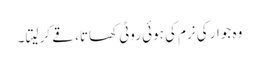
وہ جوار کی نرم کی ہوئی روٹی کھاتا، قے کر لیتا ۔